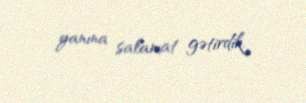
yanına salamat gətirdik.